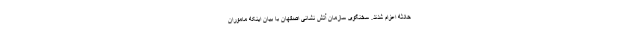
حادثه اعزام شدند. سخنگوی سازمان آتش نشانی اصفهان با بیان اینکه ماموران